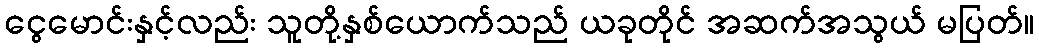
ငွေမောင်းနှင့်လည်း သူတို့နှစ်ယောက်သည် ယခုတိုင် အဆက်အသွယ် မပြတ်။